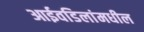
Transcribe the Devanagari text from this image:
आईवडिलांमधील